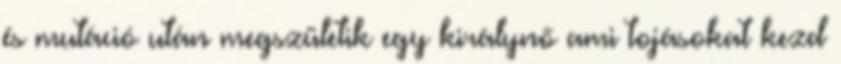
és mutáció után megszületik egy királynő ami tojásokat kezd